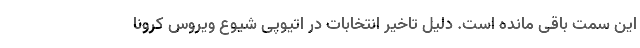
این سمت باقی مانده است. دلیل تاخیر انتخابات در اتیوپی شیوع ویروس کرونا